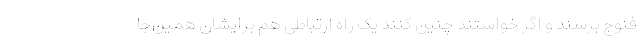
فنوج برسند و اگر خواستند چنین کنند یک راه ارتباطی هم برایشان همین‌جا